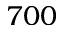
7 0 0